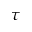
\tau